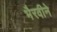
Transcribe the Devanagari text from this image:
भैरवीने